Tartu_Kolgata_baptistikogudus, lk 6
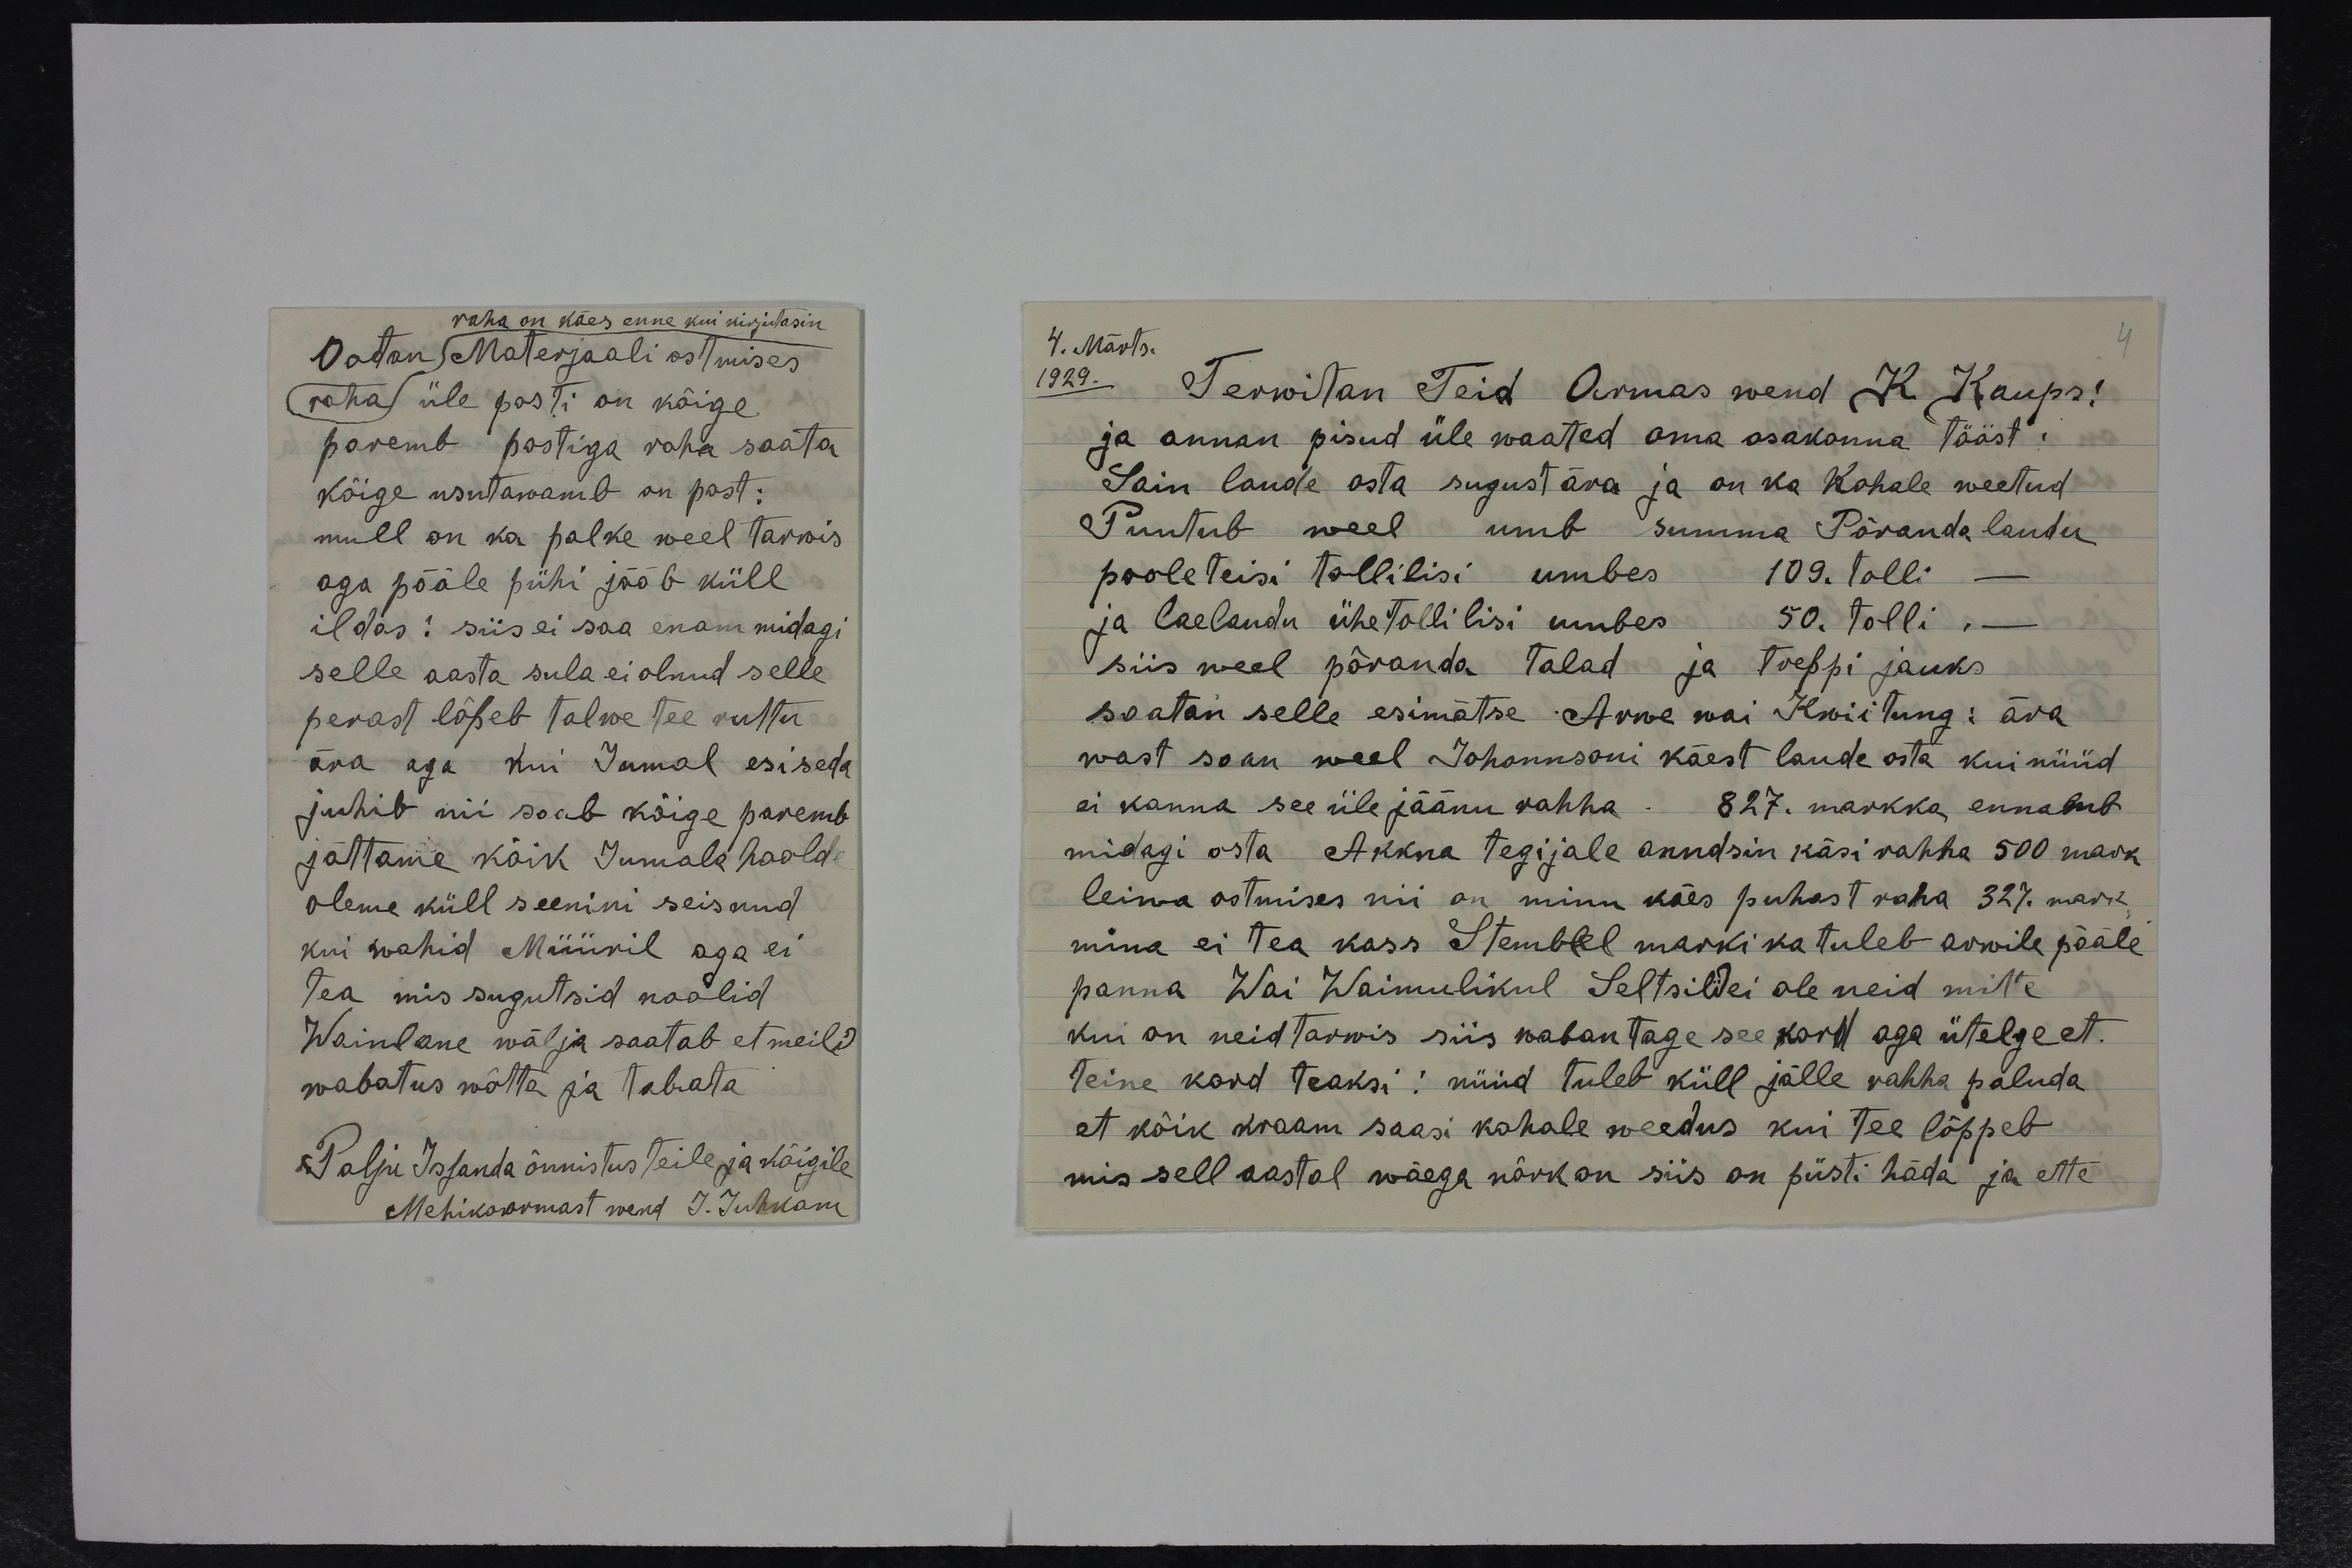
raha on käes enne kui kirjutasin.
Ootan (Materjaali ostmises
raha) üle posti on kõige
paremb postiga raha saata
kõige usutawamb on post:
mull on ka palke weel tarwis
aga pääle pühi jääb küll
ildas! siis ei saa enam midagi
selle aasta sula ei olnud selle
perast lõpeb talwe tee ruttu
ära aga kui Jumal esi seda
juhib nii saab kõige paremb
jättame kõik Jumala hoolde
oleme küll seenini seisnud
kui wahid Müüril aga ei
tea mis sugutsid naalid
Wainlane wälja saatab et meili
wabatus wõtta ja tabata
Palju Issanda õnnistus Teile ja kõigile
Mehikoormast wend J. Juhkam

4. Märts.
4
1929.
- Terwitan Teid Armas wend K Kaups!
ja annan pisud üle waated oma osakonna tööst.
Sain laude osta sugust ära ja on ka kohale weetud
Puutub weel umb summa Põranda laudu
pooleteisi tollilisi umbes 109. tolli
ja laelaudu ühe tollilisi umbes 50. tolli, -
siis weel põranda talad ja toelpi jauks
saatan selle esimatse Arwe mai Kwiitung: ära
wast saan weel Johannsoni käest laude osta kui nüüd
ei kanna see üle jäänu rahha - 827. markka, ennamb
midagi osta Akkna tegijale andsin käsi rahha 500 mark
leiwa ostmises nii on minu käes puhast raha 327. mark
mina ei tea kass Stemblel marki ka tuleb arwile pääle
panna Wai Waimulikul Seltsild ei ole neid mitte
kui on neid tarwis siis wabantage see kord aga ütelge et.
teine kord teaksi! nüüd tuleb küll jälle rahha paluda
et kõik kraam saasi kohale weedus kui tee lõppeb
mis sell aastal wäega nõrk on siis on püsti häda ja ette